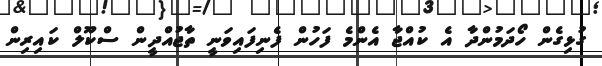
ގުޅިގެން ހޯދަމުންދާ އެ ކުއްޖާ އެންމެ ފަހުން ފެނިފައިވަނީ ތާޖުއްދީން ސްކޫލް ކައިރިން